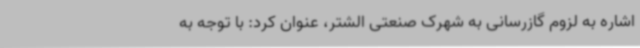
اشاره به لزوم گازرسانی به شهرک صنعتی الشتر، عنوان کرد: با توجه به